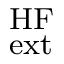
^ \mathrm { H F } _ { \mathrm { e x t } }